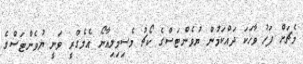
މެޗަށް ފަހު ވާހަކަ ދައްކަމުން ޔުވެންޓަސްގެ ކޯޗު މެސިމިލިއާނޯ އެލެގްރީ ވަނީ ޔުވެންޓަސްގެ